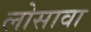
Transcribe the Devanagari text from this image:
लोसावा